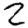
Digit: 2